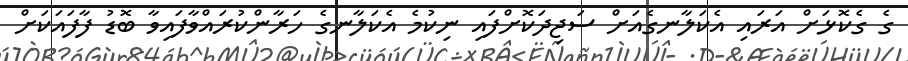
ގެ ގެކޮޅަށް އަރައި އެކަލާނގެއަށް ސަޖިދަކޮށްފައި ނިކުމެ އެކަލާނގެ ހަރާންކުރައްވާފައިވާ ބޮޑު ފާފައަކަށް